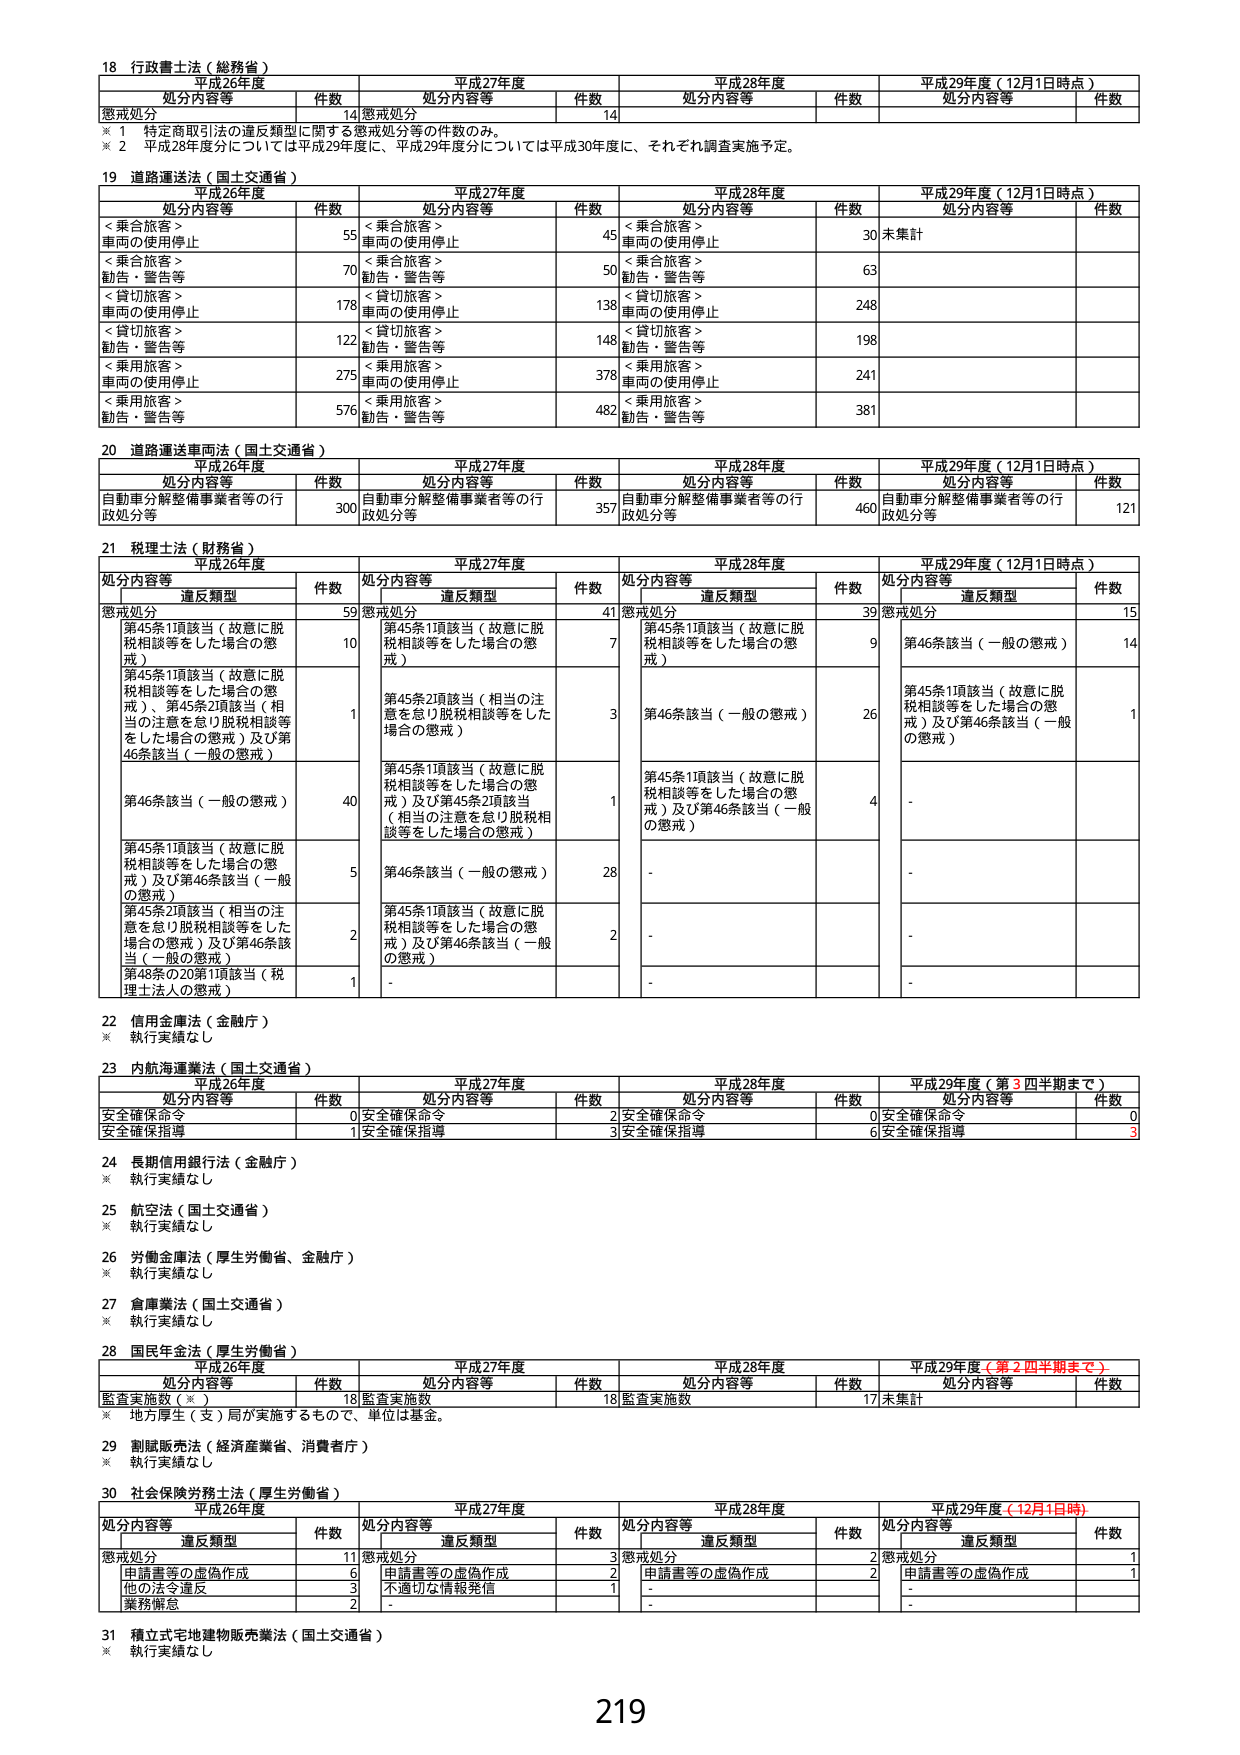
18 行政書士法（総務省）
平成26年度 平成27年度 平成28年度 平成29年度（12月1日時点）
処分内容等 件数 処分内容等 件数 処分内容等 件数 処分内容等 件数
懲戒処分 14 懲戒処分 14
※ 1 特定商取引法の違反類型に関する懲戒処分等の件数のみ。
※ 2 平成28年度分については平成29年度に、平成29年度分については平成30年度に、それぞれ調査実施予定。

19 道路運送法（国土交通省）
平成26年度 平成27年度 平成28年度 平成29年度（12月1日時点）
処分内容等 件数 処分内容等 件数 処分内容等 件数 処分内容等 件数
＜乗合旅客＞ 車両の使用停止 55 ＜乗合旅客＞ 車両の使用停止 45 ＜乗合旅客＞ 車両の使用停止 30 未集計
＜乗合旅客＞ 勧告・警告等 70 ＜乗合旅客＞ 勧告・警告等 50 ＜乗合旅客＞ 勧告・警告等 63
＜貸切旅客＞ 車両の使用停止 178 ＜貸切旅客＞ 車両の使用停止 138 ＜貸切旅客＞ 車両の使用停止 248
＜貸切旅客＞ 勧告・警告等 122 ＜貸切旅客＞ 勧告・警告等 148 ＜貸切旅客＞ 勧告・警告等 198
＜乗用旅客＞ 車両の使用停止 275 ＜乗用旅客＞ 車両の使用停止 378 ＜乗用旅客＞ 車両の使用停止 241
＜乗用旅客＞ 勧告・警告等 576 ＜乗用旅客＞ 勧告・警告等 482 ＜乗用旅客＞ 勧告・警告等 381

20 道路運送車両法（国土交通省）
平成26年度 平成27年度 平成28年度 平成29年度（12月1日時点）
処分内容等 件数 処分内容等 件数 処分内容等 件数 処分内容等 件数
自動車分解整備事業者等の行政処分等 300 自動車分解整備事業者等の行政処分等 357 自動車分解整備事業者等の行政処分等 460 自動車分解整備事業者等の行政処分等 121

21 税理士法（財務省）
平成26年度 平成27年度 平成28年度 平成29年度（12月1日時点）
処分内容等 違反類型 件数 処分内容等 違反類型 件数 処分内容等 違反類型 件数 処分内容等 違反類型 件数
懲戒処分 59 懲戒処分 41 懲戒処分 39 懲戒処分 15
第45条1項該当（故意に脱税相談等をした場合の懲戒） 10 第45条1項該当（故意に脱税相談等をした場合の懲戒） 7 第45条1項該当（故意に脱税相談等をした場合の懲戒） 9 第46条該当（一般の懲戒） 14
第45条1項該当（故意に脱税相談等をした場合の懲戒）、第45条2項該当（相当の注意を怠り脱税相談等をした場合の懲戒）及び第46条該当（一般の懲戒） 1 第45条2項該当（相当の注意を怠り脱税相談等をした場合の懲戒） 3 第46条該当（一般の懲戒） 26 第45条1項該当（故意に脱税相談等をした場合の懲戒）及び第46条該当（一般の懲戒） 1
第46条該当（一般の懲戒） 40 第45条1項該当（故意に脱税相談等をした場合の懲戒）及び第45条2項該当（相当の注意を怠り脱税相談等をした場合の懲戒） 1 第45条1項該当（故意に脱税相談等をした場合の懲戒）及び第46条該当（一般の懲戒） 4 -
第45条1項該当（故意に脱税相談等をした場合の懲戒）及び第46条該当（一般の懲戒） 5 第46条該当（一般の懲戒） 28 - -
第45条2項該当（相当の注意を怠り脱税相談等をした場合の懲戒）及び第46条該当（一般の懲戒） 2 第45条1項該当（故意に脱税相談等をした場合の懲戒）及び第46条該当（一般の懲戒） 2 - -
第43条の20第1項該当（税理士法人の懲戒） 1 - - -

22 信用金庫法（金融庁）
※ 執行実績なし

23 内航海運業法（国土交通省）
平成26年度 平成27年度 平成28年度 平成29年度（第3四半期まで）
処分内容等 件数 処分内容等 件数 処分内容等 件数 処分内容等 件数
安全確保命令 0 安全確保命令 2 安全確保命令 0 安全確保命令 0
安全確保指導 1 安全確保指導 3 安全確保指導 6 安全確保指導 3

24 長期信用銀行法（金融庁）
※ 執行実績なし

25 航空法（国土交通省）
※ 執行実績なし

26 労働金庫法（厚生労働省、金融庁）
※ 執行実績なし

27 倉庫業法（国土交通省）
※ 執行実績なし

28 国民年金法（厚生労働省）
平成26年度 平成27年度 平成28年度 平成29年度（第2四半期まで）
処分内容等 件数 処分内容等 件数 処分内容等 件数 処分内容等 件数
監査実施数（※） 18 監査実施数 18 監査実施数 17 未集計
※ 地方厚生（支）局が実施するもので、単位は基金。

29 割賦販売法（経済産業省、消費者庁）
※ 執行実績なし

30 社会保険労務士法（厚生労働省）
平成26年度 平成27年度 平成28年度 平成29年度（12月1日時点）
処分内容等 違反類型 件数 処分内容等 違反類型 件数 処分内容等 違反類型 件数 処分内容等 違反類型 件数
懲戒処分 11 懲戒処分 3 懲戒処分 2 懲戒処分 1
申請書等の虚偽作成 6 申請書等の虚偽作成 2 申請書等の虚偽作成 2 申請書等の虚偽作成 1
他の法令違反 3 不適切な情報発信 1 - -
業務懈怠 2 - - -

31 積立式宅地建物販売業法（国土交通省）
※ 執行実績なし

219